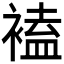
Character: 𧛾